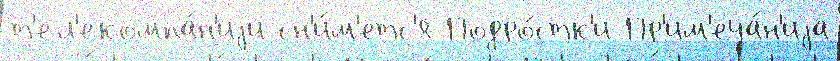
т'ел'екомпа́н'иjи сн'и́м'етс'я Подро́стк'и Пр'им'еча́н'иjа